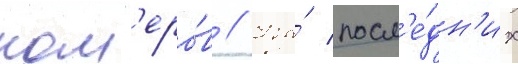
ном'еро́в // На́ посл'е́дн'их